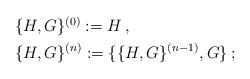
LaTeX: \begin{align*}\begin{aligned}&\{H,G\}^{(0)}:= H\,,\\&\{H,G\}^{(n)}:=\{\{H,G\}^{(n-1)},G\}\,;\end{aligned}\end{align*}